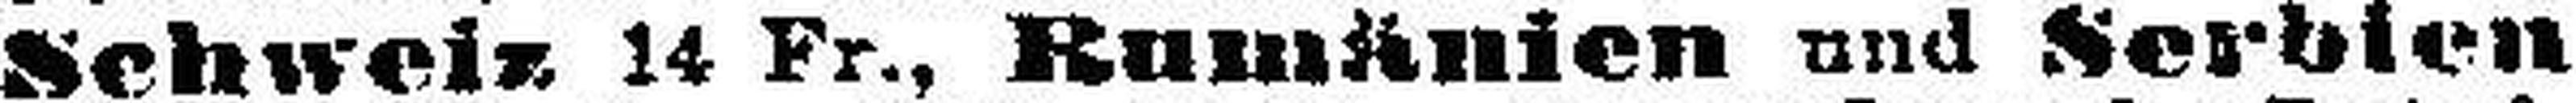
Schweiz 14 Fr., Rumänien und Serbien